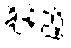
ချိန်ညှိ